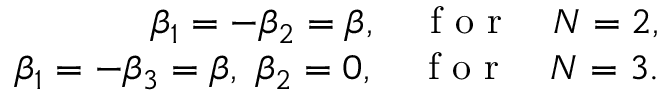
\begin{array} { r } { { \beta _ { 1 } } = - { \beta _ { 2 } } = \beta , ~ ~ ~ \textrm { f o r } ~ ~ ~ N = 2 , } \\ { { \beta _ { 1 } } = - { \beta _ { 3 } } = \beta , ~ { \beta _ { 2 } } = 0 , ~ ~ ~ \textrm { f o r } ~ ~ ~ N = 3 . } \end{array}